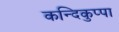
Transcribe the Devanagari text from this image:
कन्दिकुप्पा